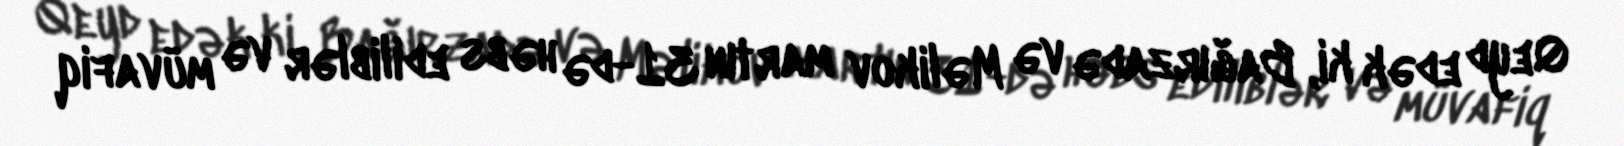
Qeyd edək ki, Bağırzadə və Məlikov martın 31-də həbs ediliblər və müvafiq